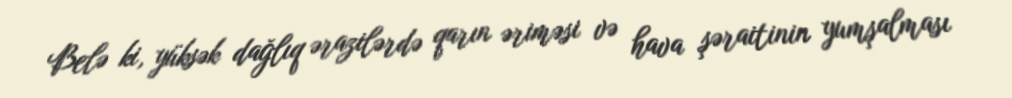
Belə ki, yüksək dağlıq ərazilərdə qarın əriməsi və hava şəraitinin yumşalması